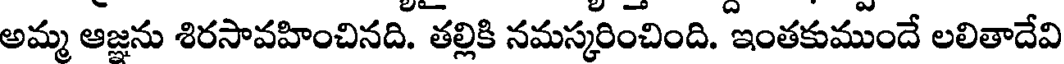
అమ్మ ఆజ్ఞను శిరసావహించినది. తల్లికి నమస్కరించింది. ఇంతకుముందే లలితాదేవి